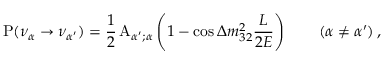
\mathrm { P } ( \nu _ { \alpha } \to \nu _ { \alpha ^ { \prime } } ) = \frac { 1 } { 2 } \, \mathrm { A } _ { { \alpha ^ { \prime } } ; \alpha } \left( 1 - \cos \Delta { m } _ { 3 2 } ^ { 2 } \frac { L } { 2 E } \right) \qquad ( \alpha \neq \alpha ^ { \prime } ) \, ,